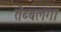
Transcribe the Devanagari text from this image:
तेब्बलंगा